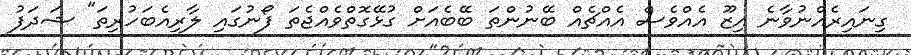
ގިނައިރެއްނުވާނެ އިޒޫ އެއްވެސް އެއްޗެއް ބޭނުންތަ ބޭބެއަށް ގުޅޭގޮތްވެއްޖެތަ ފޯނުގައި ލާރިއެބަހުރިތަ" ޝަދަފު